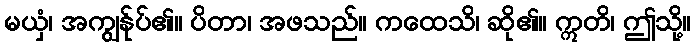
မယှံ၊ အကျွန်ုပ်၏။ ပိတာ၊ အဖသည်။ ကထေသိ၊ ဆို၏။ ဣတိ၊ ဤသို့။